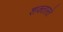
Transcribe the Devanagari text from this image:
शक्तास्ते